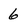
Character: 6